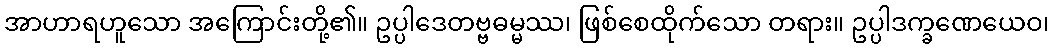
အာဟာရဟူသော အကြောင်းတို့၏။ ဥပ္ပါဒေတဗ္ဗဓမ္မဿ၊ ဖြစ်စေထိုက်သော တရား။ ဥပ္ပါဒက္ခဏေယေဝ၊